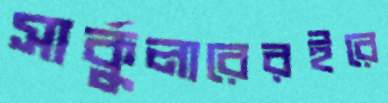
সার্কুলারেরইরে